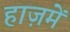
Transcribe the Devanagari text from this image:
हाज़में